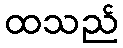
ထသည်